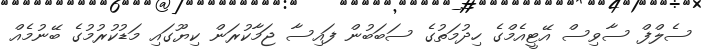
ސެލްފް ސާވިސް އޭޓީއެމްގެ ހިދުމަތުގެ ސަބަބުން ފައިސާ ޖަމާކުރަން ކިޔޫގައި މަޑުކުރުމުގެ ބޭނުމެއް